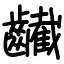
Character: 䶪